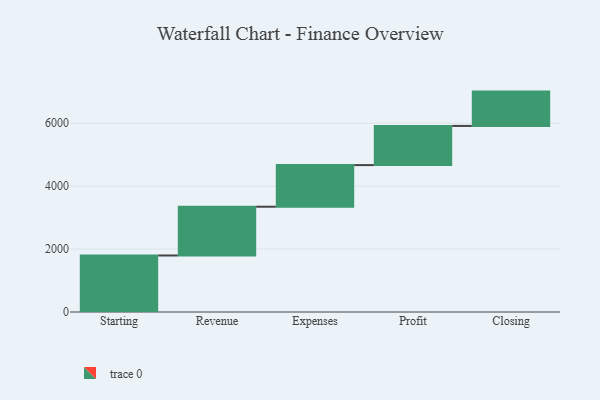
{"axis": {"x": "Step", "y": "Value"}, "legend": [""], "data": [{"x": "Starting", "y": 1796.0, "type": ""}, {"x": "Revenue", "y": 1550.0, "type": ""}, {"x": "Expenses", "y": 1323.0, "type": ""}, {"x": "Profit", "y": 1245.0, "type": ""}, {"x": "Closing", "y": 1091.0, "type": ""}]}